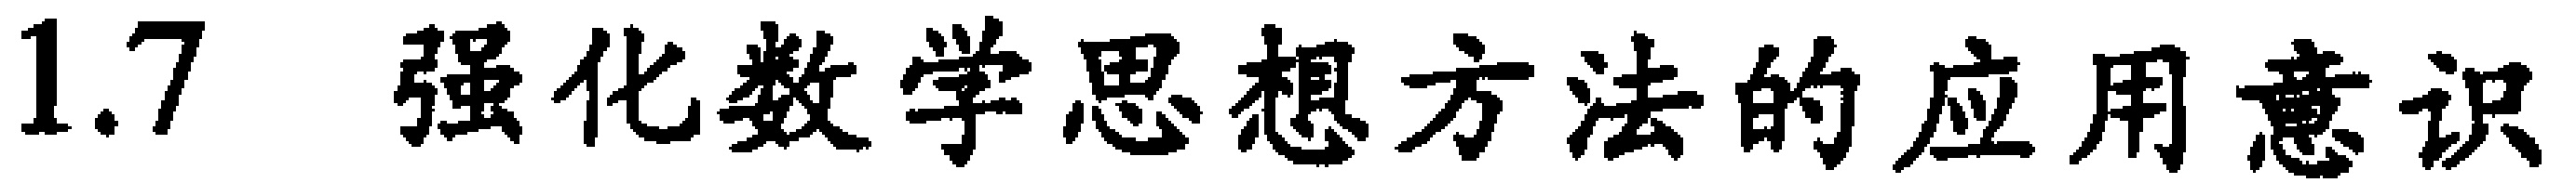
1.7 强化数学思想方法的应用意识